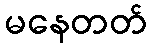
မနေတတ်